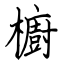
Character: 櫥